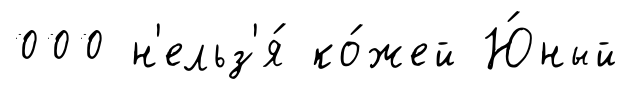
000 н'ельз'я́ ко́жей Ю́ный